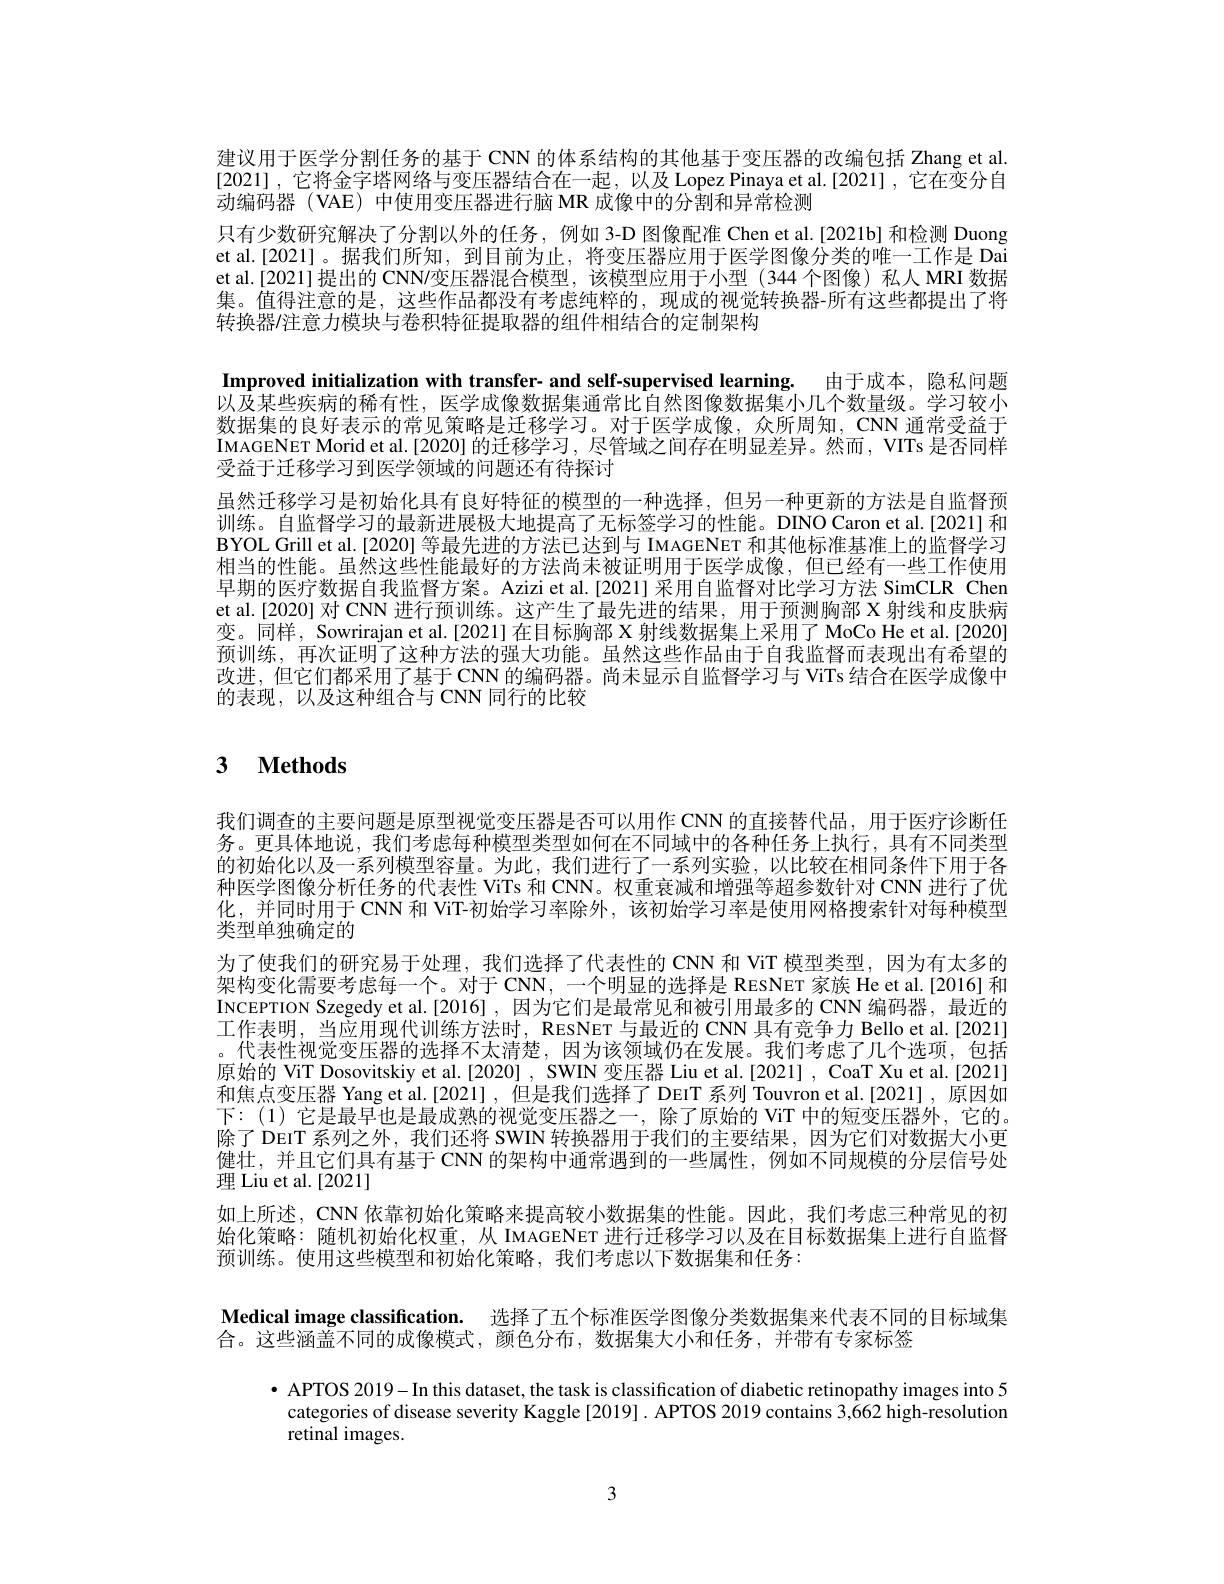
建议用于医学分割任务的基于 CNN 的体系结构的其他基于变压器的改编包括 Zhang et al. [2021],它将金字塔网络与变压器结合在一起，以及 Lopez Pinaya et al.[2021] , 它在变分自动编码器 (VAE) 中使用变压器进行脑 MR 成像中的分割和异常检测
只有少数研究解决了分割以外的任务，例如 3-D 图像配准 Chen et al.[2021b] 和检测 Duong et al.[2021]。据我们所知，到目前为止，将变压器应用于医学图像分类的唯一工作是 Dai et al.[2021]提出的 CNN/变压器混合模型，该模型应用于小型(344个图像)私人 MRI 数据集。值得注意的是，这些作品都没有考虑纯粹的，现成的视觉转换器-所有这些都提出了将转换器/注意力模块与卷积特征提取器的组件相结合的定制架构

Improved initialization with transfer- and self-supervised learning. 由于成本，隐私问题以及某些疾病的稀有性，医学成像数据集通常比自然图像数据集小几个数量级。学习较小数据集的良好表示的常见策略是迁移学习。对于医学成像，众所周知，CNN 通常受益于IMAGENET Morid et al.[2020] 的迁移学习，尽管域之间存在明显差异。然而，VITs 是否同样受益于迁移学习到医学领域的问题还有待探讨
虽然迁移学习是初始化具有良好特征的模型的一种选择，但另一种更新的方法是自监督预训练。自监督学习的最新进展极大地提高了无标签学习的性能。DINO Caron et al.[2021] 和BYOL Grill et al.[2020] 等最先进的方法已达到与 IMAGENET 和其他标准基准上的监督学习相当的性能。虽然这些性能最好的方法尚未被证明用于医学成像，但已经有一些工作使用早期的医疗数据自我监督方案。Azizi et al.[2021] 采用自监督对比学习方法 SimCLR Chen et al.[2020] 对 CNN 进行预训练。这产生了最先进的结果，用于预测胸部 X 射线和皮肤病变。同样，Sowrirajan et al.[2021]在目标胸部 X 射线数据集上采用了 MoCo He et al.[2020] 预训练，再次证明了这种方法的强大功能。虽然这些作品由于自我监督而表现出有希望的改进，但它们都采用了基于 CNN 的编码器。尚未显示自监督学习与 ViTs 结合在医学成像中的表现，以及这种组合与 CNN 同行的比较

# 3 $\textbf{Methods}$

我们调查的主要问题是原型视觉变压器是否可以用作 CNN 的直接替代品，用于医疗诊断任务。更具体地说，我们考虑每种模型类型如何在不同域中的各种任务上执行，具有不同类型的初始化以及一系列模型容量。为此，我们进行了一系列实验，以比较在相同条件下用于各种医学图像分析任务的代表性 ViTs 和 CNN。权重衰减和增强等超参数针对 CNN 进行了优化，并同时用于 CNN 和 ViT-初始学习率除外，该初始学习率是使用网格搜索针对每种模型类型单独确定的
为了使我们的研究易于处理，我们选择了代表性的 CNN 和 ViT 模型类型，因为有太多的架构变化需要考虑每一个。对于 CNN, 一个明显的选择是 RESNET 家族 He et al.[2016] 和INCEPTION Szegedy et al.[2016] ,因为它们是最常见和被引用最多的 CNN 编码器，最近的工作表明，当应用现代训练方法时，RESNET 与最近的 CNN 具有竞争力 Bello et al.[2021] 。代表性视觉变压器的选择不太清楚，因为该领域仍在发展。我们考虑了几个选项，包括原始的 ViT Dosovitskiy et al.[2020] , SWIN 变压器 Liu et al.[2021] , CoaT Xu et al.[2021] 和焦点变压器 Yang et al.[2021] ,但是我们选择了 DEIT 系列 Touvron et al.[2021] ,原因如下：(1) 它是最早也是最成熟的视觉变压器之一，除了原始的 ViT 中的短变压器外，它的。除了 DEIT 系列之外，我们还将 SWIN 转换器用于我们的主要结果，因为它们对数据大小更健壮，并且它们具有基于 CNN 的架构中通常遇到的一些属性，例如不同规模的分层信号处理 Liu et al. [2021]
如上所述，CNN 依靠初始化策略来提高较小数据集的性能。因此，我们考虑三种常见的初始化策略：随机初始化权重，从 IMAGENET 进行迁移学习以及在目标数据集上进行自监督预训练。使用这些模型和初始化策略，我们考虑以下数据集和任务：

Medical image classification. 选择了五个标准医学图像分类数据集来代表不同的目标域集
合。这些涵盖不同的成像模式，颜色分布，数据集大小和任务，并带有专家标签
$\bullet$ APTOS 2019-In this dataset, the task is classification of diabetic retinopathy images into 5
categories of disease severity Kaggle [2019]. APTOS 2019 contains 3,662 high-resolution
retinal images.

3